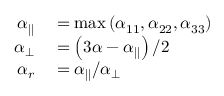
\begin{array} { r l } { \alpha _ { \parallel } } & { { } = \operatorname* { m a x } \left( \alpha _ { 1 1 } , \alpha _ { 2 2 } , \alpha _ { 3 3 } \right) } \\ { \alpha _ { \perp } } & { { } = \left( 3 \alpha - \alpha _ { \parallel } \right) / 2 } \\ { \alpha _ { r } } & { { } = \alpha _ { \parallel } / \alpha _ { \perp } } \end{array}